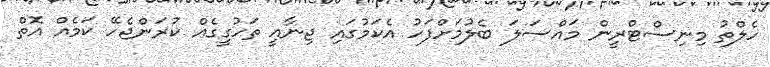
ހެލްތު މިނިސްޓްރީން މައްސަލަ ބެލުމަށްފަހު އެކަމުގައި ޖިނާއީ ތަހުގީގެއް ކުރަންޖެހޭ ކަމެއް އޮތް